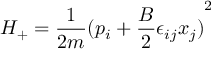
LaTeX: H _ { + } = \frac { 1 } { 2 m } { ( p _ { i } + \frac { B } { 2 } \epsilon _ { i j } x _ { j } ) } ^ { 2 }